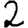
Digit: 2